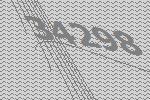
34298